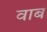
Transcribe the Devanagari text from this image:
वाब